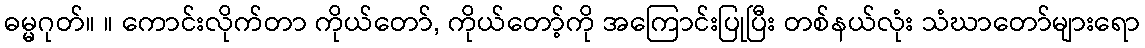
ဓမ္မဂုတ်။ ။ ကောင်းလိုက်တာ ကိုယ်တော်, ကိုယ်တော့်ကို အကြောင်းပြုပြီး တစ်နယ်လုံး သံဃာတော်များရော